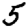
Digit: 5